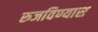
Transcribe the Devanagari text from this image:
रुजविण्यास